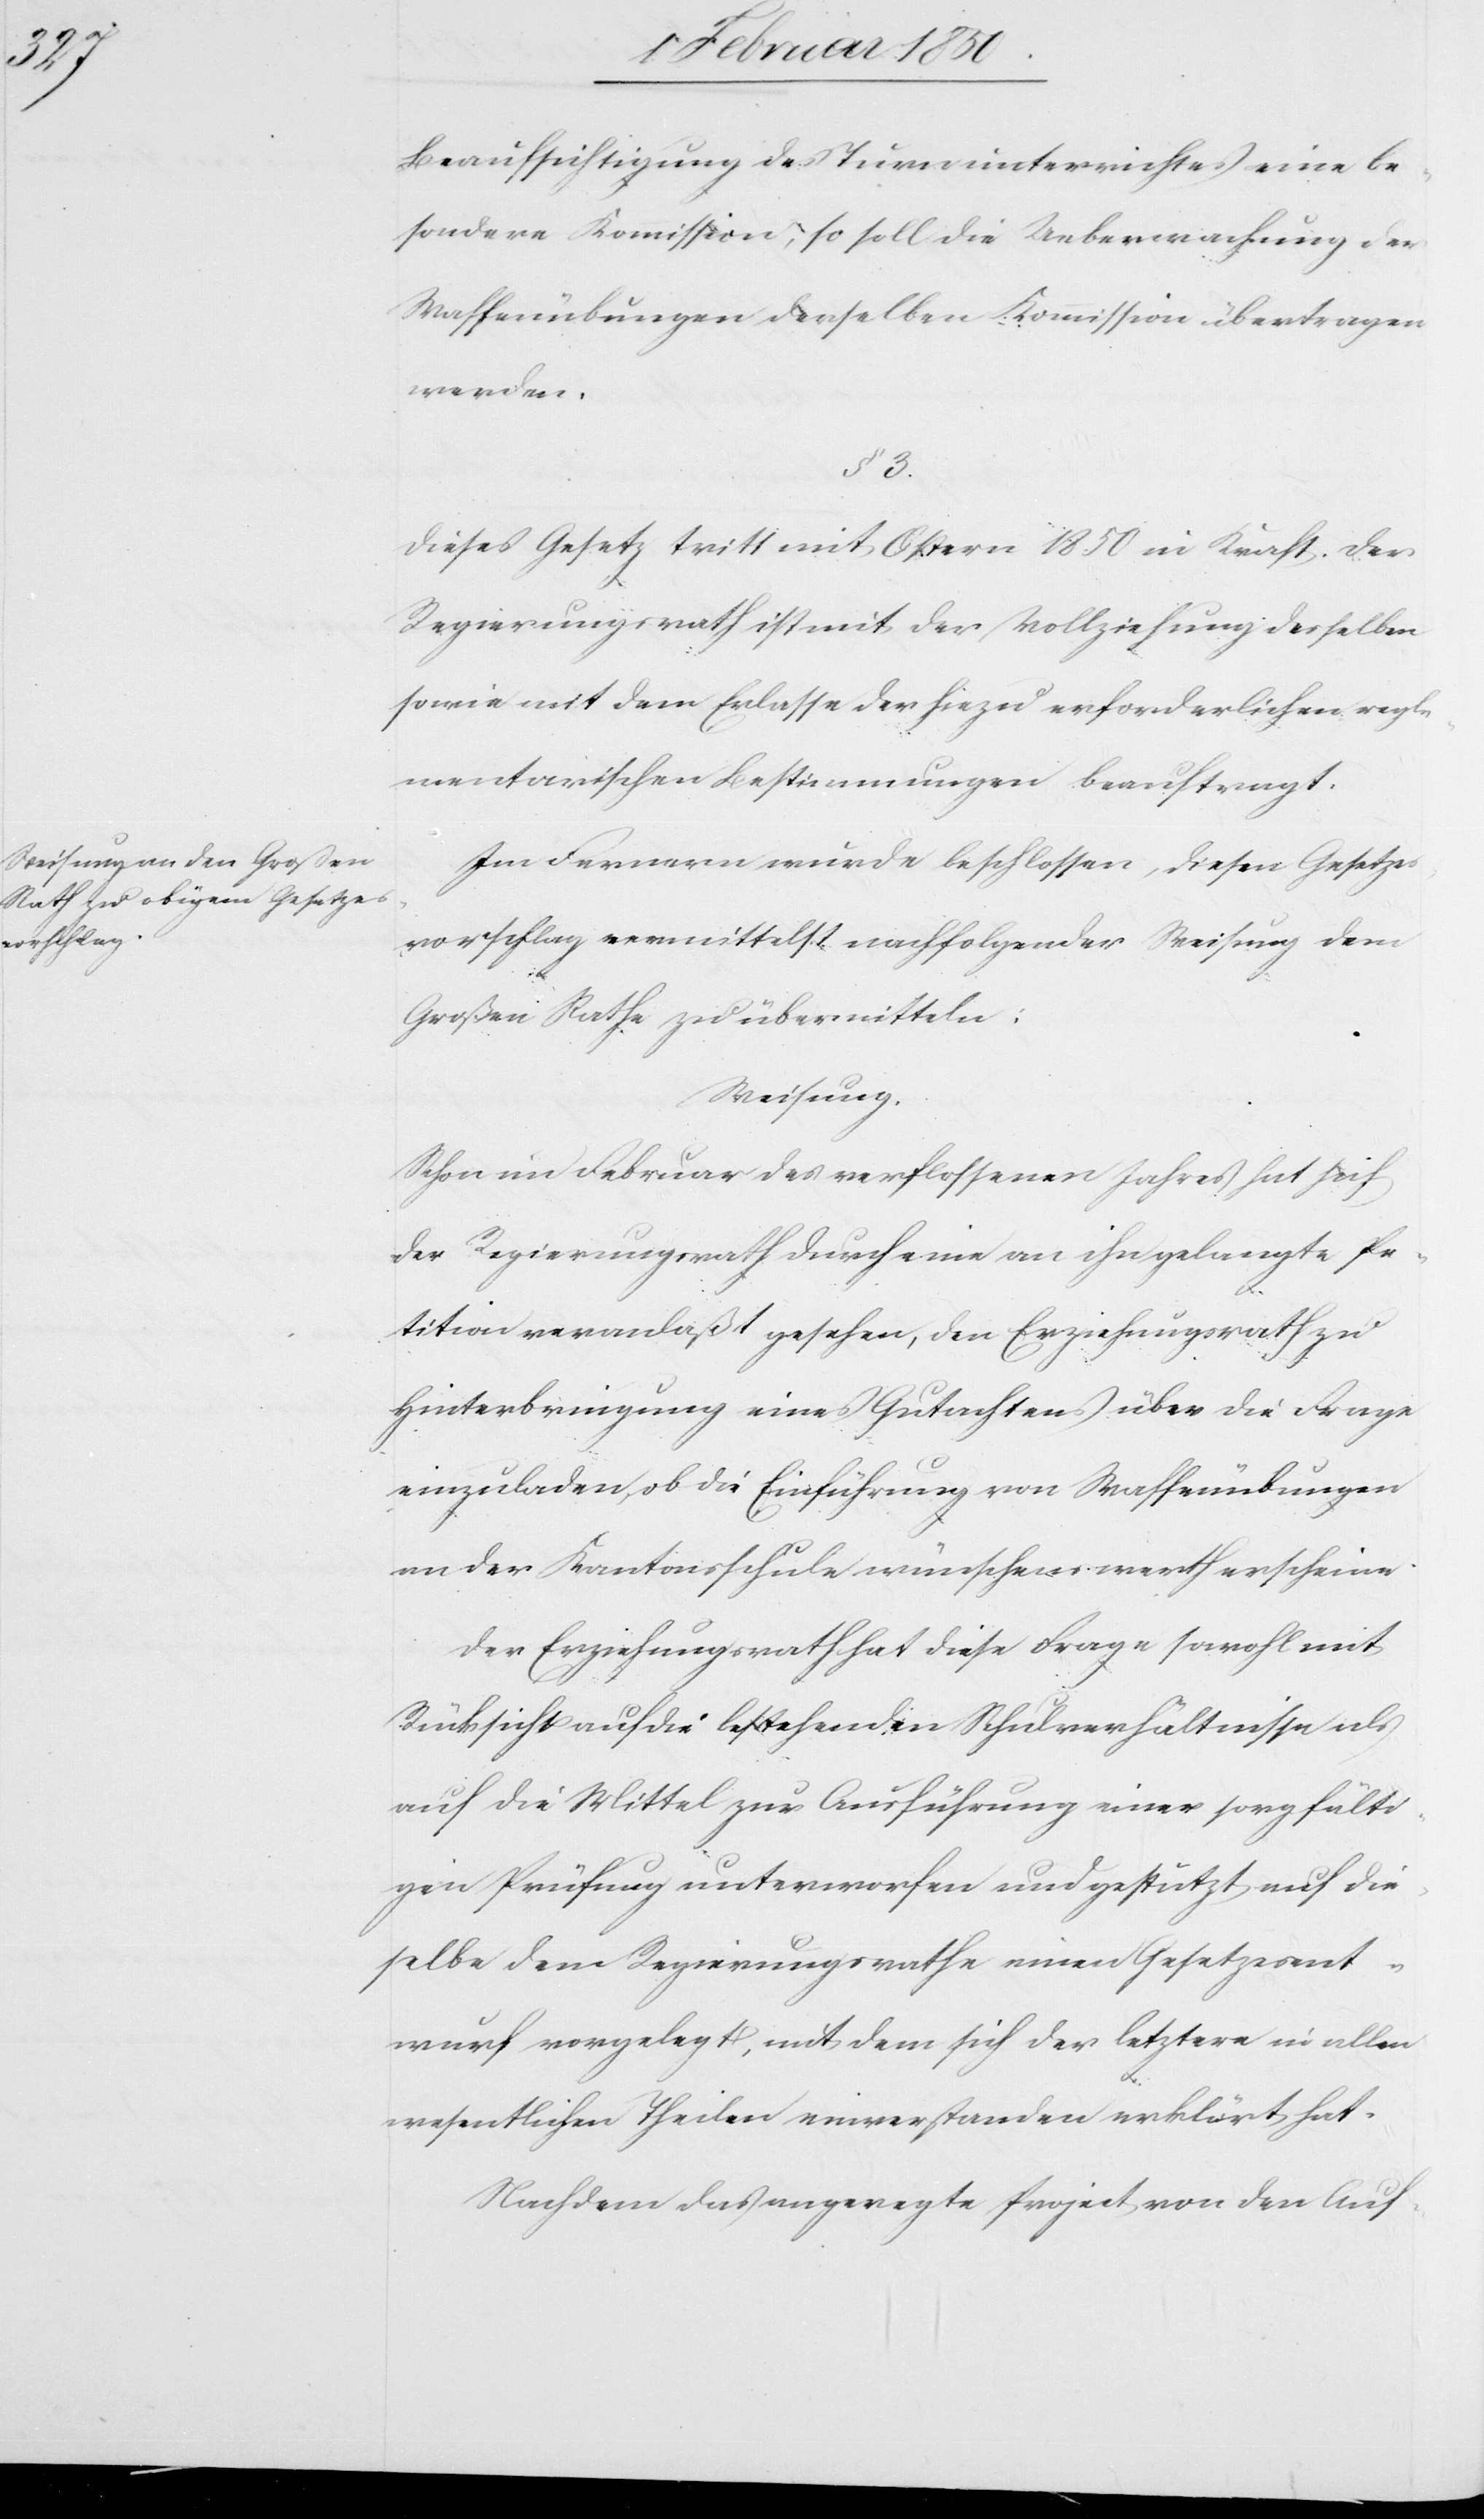
Beaufsichtigung des Turnunterrichtes eine be¬
sondere Kommission; so soll die Ueberwachung der
Waffenübungen derselben Kommission übertragen
werden.
§. 3.
Dieses Gesetz tritt mit Ostern 1850 in Kraft. Der
Regierungsrath ist mit der Vollziehung desselben
sowie mit dem Erlasse der hiezu erforderlichen regle¬
mentarischen Bestimmungen beauftragt.
Im Fernern wurde beschlossen, diesen Gesetzes¬
vorschlag vermittelst nachfolgender Weisung dem
Großen Rathe zu übermitteln:
Weisung.
Schon im Februar des verflossenen Jahres hat sich
der Regierungsrath durch eine an ihn gelangte Pe¬
tition veranlaßt gesehen, den Erziehungsrath zu
Hinterbringung eines Gutachtens über die Frage
einzuladen, ob die Einführung von Waffenübungen
an der Kantonsschule wünschenswerth erscheine.
Der Erziehungsrath hat diese Frage sowohl mit
Rücksicht auf die bestehenden Schulverhältnisse als
auf die Mittel zur Ausführung einer sorgfälti¬
gen Prüfung unterworfen und gestützt auf die¬
selbe dem Regierungsrathe einen Gesetzesent¬
wurf vorgelegt, mit dem sich der letztere in allen
wesentlichen Theilen einverstanden erklärt hat.
Nachdem das angeregte Project von den Auf-